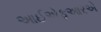
આઈએફઆરએ